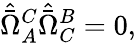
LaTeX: \hat{\bar{\Omega}}_{A}^{C}\hat{\bar{\Omega}}_{C}^{B}=0,